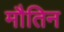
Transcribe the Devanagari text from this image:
मौतिन